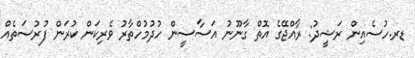
ޑރ.ހުސެއިން ރަޝީދު: ރާއްޖޭގެ އޮތް ގާނޫނު އަސާސީން ހުދުމުހްތާރު ވެރިކަން ކުރަން ފުރުސަތެއް